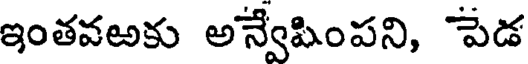
ఇంతవఱకు అన్వేషింపని, పేడ